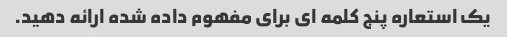
یک استعاره پنج کلمه ای برای مفهوم داده شده ارائه دهید.